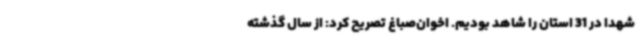
شهدا در 31 استان را شاهد بودیم. اخوان‌صباغ تصریح کرد: از سال گذشته